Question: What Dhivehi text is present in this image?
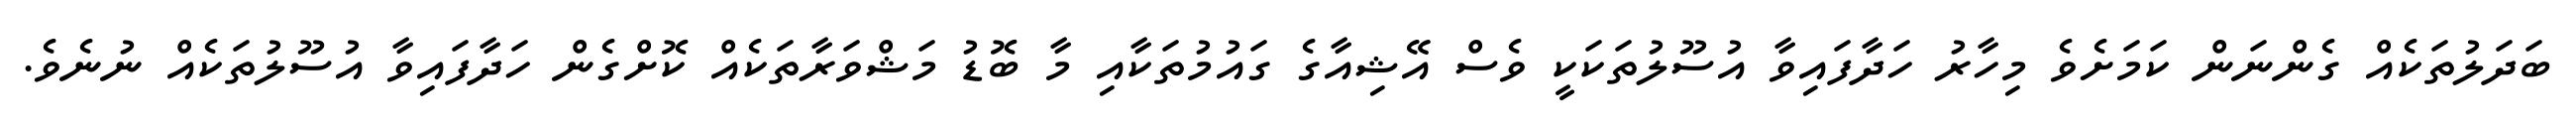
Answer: ބަދަލުތަކެއް ގެންނަން ކަމަށެވެ މިހާރު ހަދާފައިވާ އުސޫލުތަކަކީ ވެސް އޭޝިއާގެ ގައުމުތަކާއި މާ ބޮޑު މަޝްވަރާތަކެއް ކޮށްގެން ހަދާފައިވާ އުސޫލުތަކެއް ނުނެވެ.